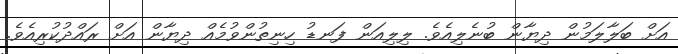
އަށް ބަލާލަމުން ދިޔާން ބުނެލިއެވެ. ލިލިއަން ފަނޑު ހިނިތުންވުމެއް ދިޔާން އަށް ރައްދުކުރިއެވެ.